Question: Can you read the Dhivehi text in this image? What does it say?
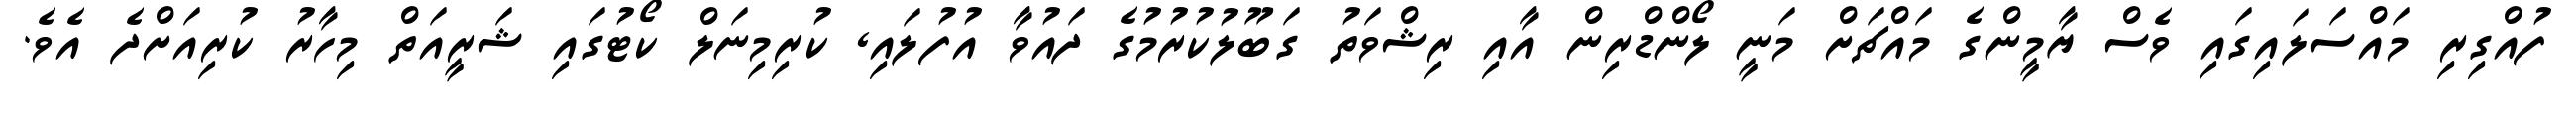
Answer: ފުއްގިރި މައްސަލައިގައި ވެސް ޔާމީންގެ މައްޗަށް މަނީ ލޯންޑްރިން އާއި ރިޝްވަތު ގަބޫލުކުރުމުގެ ދައުވާ އުފުލައި, ކުރިމިނަލް ކޯޓުގައި ޝަރީއަތް މިހާރު ކުރިއަށްދެ އެވެ.